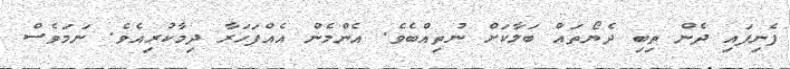
ފެނިފައި ދެން ތިބި ދެޔޯތައް ބަލާކަށް ނުތިއްބެވެ. އެންމެން އެއްފަހަރާ ދިމާކުރިއެވެ. ނަމަވެސް